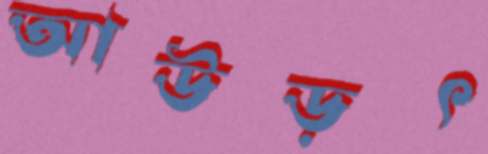
আউড়ৎ